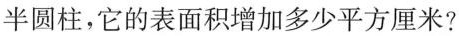
半圆柱，它的表面积增加多少平方厘米?